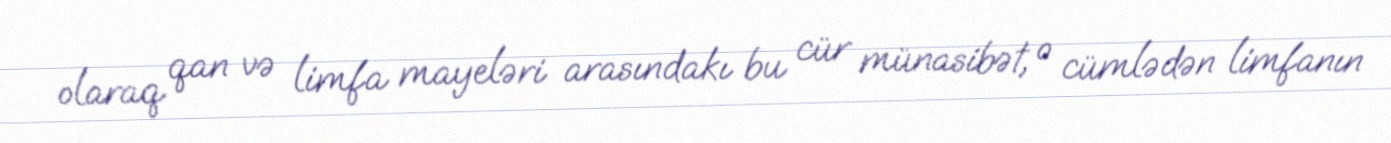
olaraq qan və limfa mayeləri arasındakı bu cür münasibət, o cümlədən limfanın